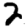
Digit: 2